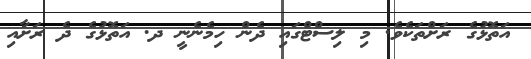
އަތޮޅުގެ ރަށްތަކެވެ. މި ލިސްޓްގައި ދެން ހިމެނެނީ ދ. އަތޮޅުގެ ދެ ރަށާއި